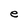
Character: e